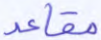
مقاعد